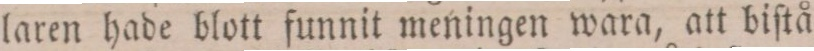
laren hade blott funnit meningen wara, att biſtå